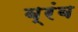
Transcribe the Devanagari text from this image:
ब्रंब